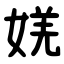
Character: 㛨